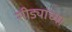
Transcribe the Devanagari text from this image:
सीड्यांच्या